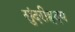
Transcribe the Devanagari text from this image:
सुंदरीहृदय